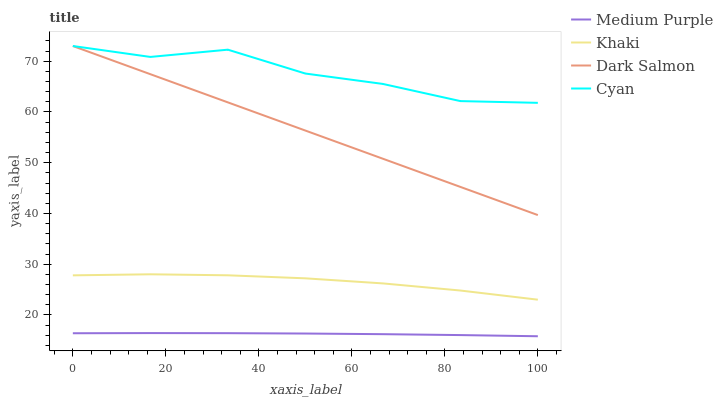
| xaxis_label | Medium Purple | Khaki | Dark Salmon | Cyan |
 | --- | --- | --- | --- | --- |
 | 0 | 16.4 | 27.8 | 73 | 73 |
 | 16.7 | 16.4 | 28 | 67.4 | 70.8 |
 | 33.3 | 16.4 | 27.8 | 61.9 | 72.3 |
 | 50 | 16.3 | 27.2 | 56.3 | 67.6 |
 | 66.7 | 16.2 | 26.2 | 50.8 | 65.5 |
 | 83.3 | 16 | 24.8 | 45.2 | 62.1 |
 | 100 | 15.8 | 23 | 39.7 | 61.8 |